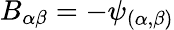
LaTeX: B_{\alpha\beta}=-\psi_{(\alpha,\beta)}